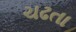
ચઢતા